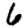
Digit: 6